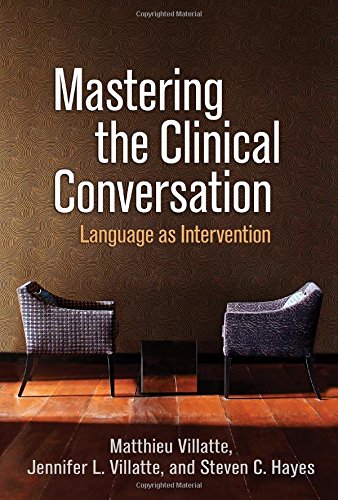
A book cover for Mastering the Clinical Conversation: Language as Intervention; Matthieu Villatte; Medical Books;